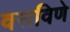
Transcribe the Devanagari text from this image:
वसविणे